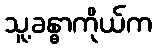
သူ့ခန္ဓာကိုယ်က